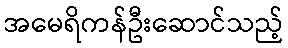
အမေရိကန်ဦးဆောင်သည့်